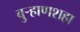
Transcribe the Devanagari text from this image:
बुऱ्हाणशहा